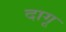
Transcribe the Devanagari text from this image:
दागू